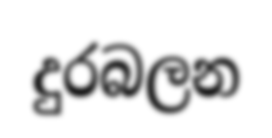
දුරබලන